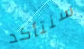
سنتأكد